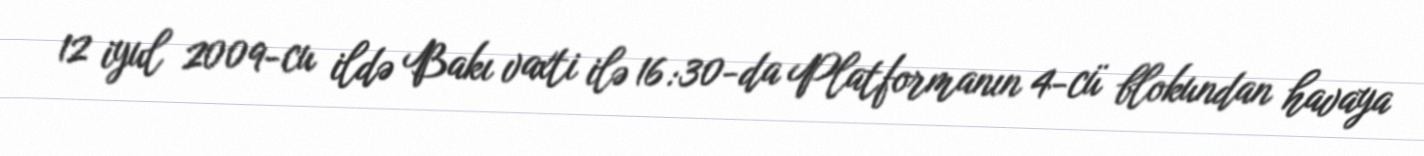
12 iyul 2009-cu ildə Bakı vaxti ilə 16:30-da Platformanın 4-cü blokundan havaya